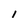
Character: 1